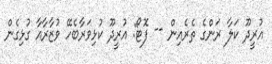
އުރީދޫ ކަލާ ރަންގެ ތެރެއިން -- ފޮޓޯ: އުރީދޫ ކުޅިވަރާބެހޭ ވުޒާރާއާ ގުޅިގެން